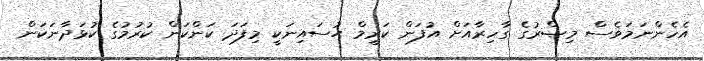
އެހެންނަމަވެސް މިޞްރުގެ ގާހިރާއަށް އުފަން ކަރީމް ޙުސައިނަކީ މިފަދަ ކަންކަން ކުރުމުގެ ކުޅަދާނަކަން